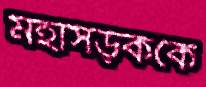
মহাসড়ককে